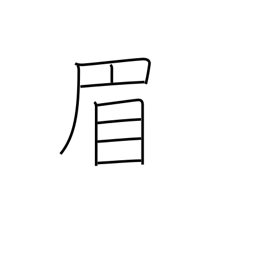
Meaning: eyebrow